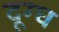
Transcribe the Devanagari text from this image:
दूग्ध